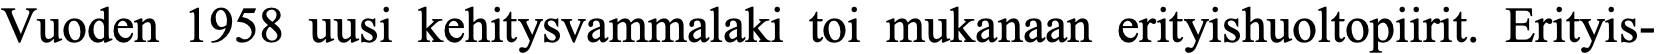
Vuoden 1958 uusi kehitysvammalaki toi mukanaan erityishuoltopiirit. Erityis-